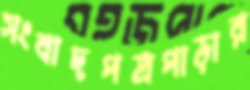
সংবাদপত্রপাড়ার